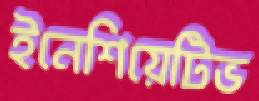
ইনেশিয়েটিভ